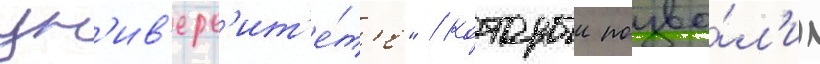
ун'ив'ерс'ит'е́т'е" / которыи позво́л'ил